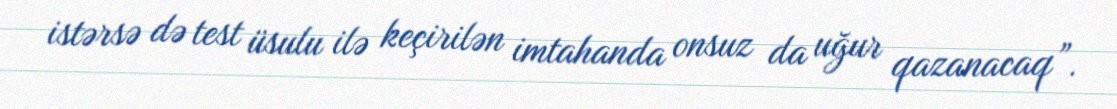
istərsə də test üsulu ilə keçirilən imtahanda onsuz da uğur qazanacaq”.